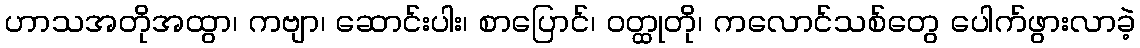
ဟာသအတိုအထွာ၊ ကဗျာ၊ ဆောင်းပါး၊ စာပြောင်၊ ဝတ္ထုတို၊ ကလောင်သစ်တွေ ပေါက်ဖွားလာခဲ့